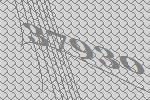
37930